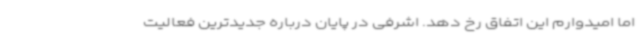
اما امیدوارم این اتفاق رخ دهد. اشرفی در پایان درباره جدیدترین فعالیت